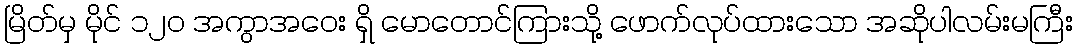
မြိတ်မှ မိုင် ၁၂၀ အကွာအဝေး ရှိ မောတောင်ကြားသို့ ဖောက်လုပ်ထားသော အဆိုပါလမ်းမကြီး